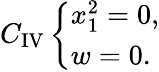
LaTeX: C_{\mathrm{IV}}\left\{ \begin{array}{l}{{x_{1}^{2}=0,}}\\ {{w=0.}}\end{array}\right.